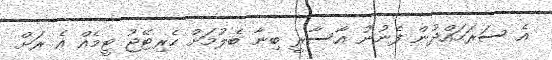
އެ ސަރަހައްދުން ފެނުނު އާސާރީ ބިނާ ބެލުމަށް ހެރިޓޭޖު ޓީމެއް އެ ރަށް